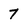
Character: 7